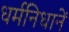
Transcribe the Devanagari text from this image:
धर्मनिधानें